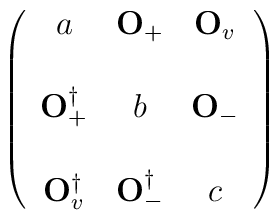
\left(\begin{array}{ccc}a & {\bf O}_{+} &  {\bf O}_{v} \\& & \\{\bf O}_{+}^\dagger & b &  {\bf O}_{-} \\& & \\{\bf O}_{v}^\dagger & {\bf O}_{-}^\dagger & c\end{array}\right)